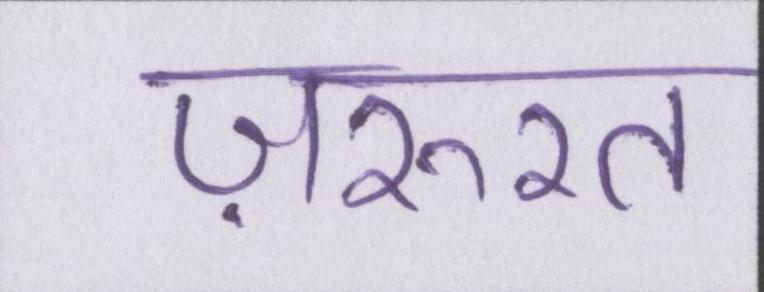
ज़रुरत